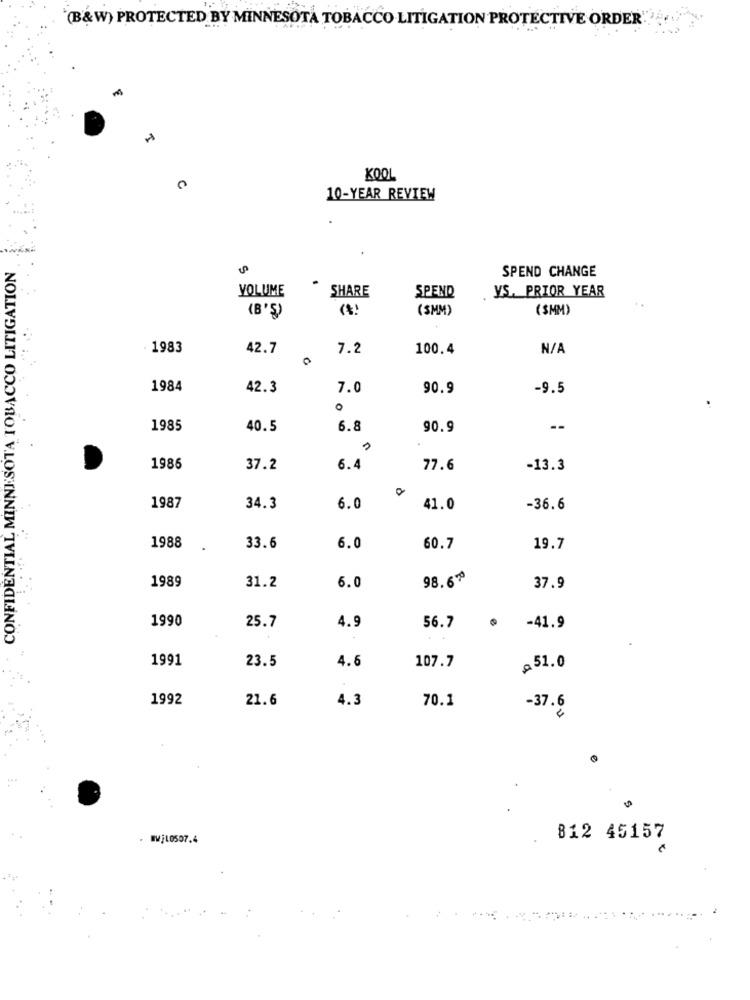
(B&W) PROTECTED BY MINNESOTA TOBACCO LITIGATION PROTECTIVE ORDER"
KOOL
10-YEAR REVIEW
CONFIDENTIAL MINNESOTA TOBACCO LITIGATION
SPEND CHANGE
VOLUME
SHARE
YS. PRIOR YEAR
SPEND
(SMM)
($MM)
(B'Ş)
1983
42.7
7.2
100.4
1984
42.3
7.0
90.9
-9.5
1985
40.5
6.8
90.9
--
1986
37.2
6.4
77.6
-13.3
1987
34.3
6.0
41.0
-36.6
1988
33.6
6.0
60.7
19.7
1989
98.65
31.2
6.0
37.9
1990
25.7
4.9
56.7
@ -41.9
1991
23.5
4.6
107.7
≥51.0
1992
21.6
4.3
70.1
-37.6
IWj10507.4
812 45157